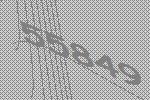
55849